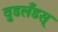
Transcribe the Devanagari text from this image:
वुडलँडस्